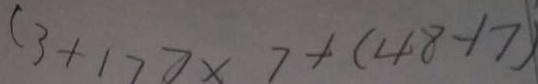
( 3 + 1 7 ) \times 7 + ( 4 8 - 1 7 )